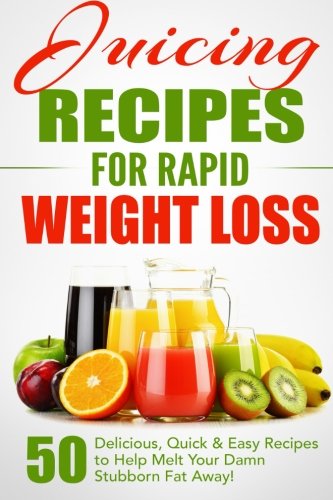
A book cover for Juicing Recipes for Rapid Weight Loss: 50 Delicious, Quick & Easy Recipes to Help Melt Your Damn Stubborn Fat Away! (Juice Cleanse, Juice Diet, ... Juicing Books, Juicing Recipes) (Volume 1); Fat Loss Nation; Cookbooks, Food & Wine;